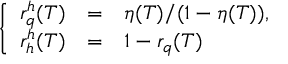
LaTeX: \left\{ \begin{array} { r c l } { { r _ { q } ^ { h } ( T ) } } & { { = } } & { { \eta ( T ) / ( 1 - \eta ( T ) ) , } } \\ { { r _ { h } ^ { h } ( T ) } } & { { = } } & { { 1 - r _ { q } ( T ) } } \end{array} \right.